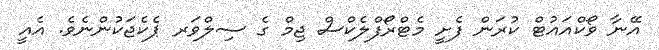
އޭނާ ވޯކްއައުޓް ކުރަން ފެށީ މެޓްރޯފްލެކްސް ޖިމް ގެ ސިލްވަރ ޕެކެޖަކުންނެވެ. އެއީ